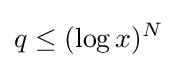
q\leq (\log x)^{N}